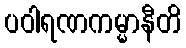
ပဝါရဏကမ္မာနီတိ